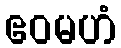
ဧဝမဟံ